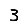
Digit: 3